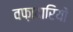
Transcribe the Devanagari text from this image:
वफ़ादारियों